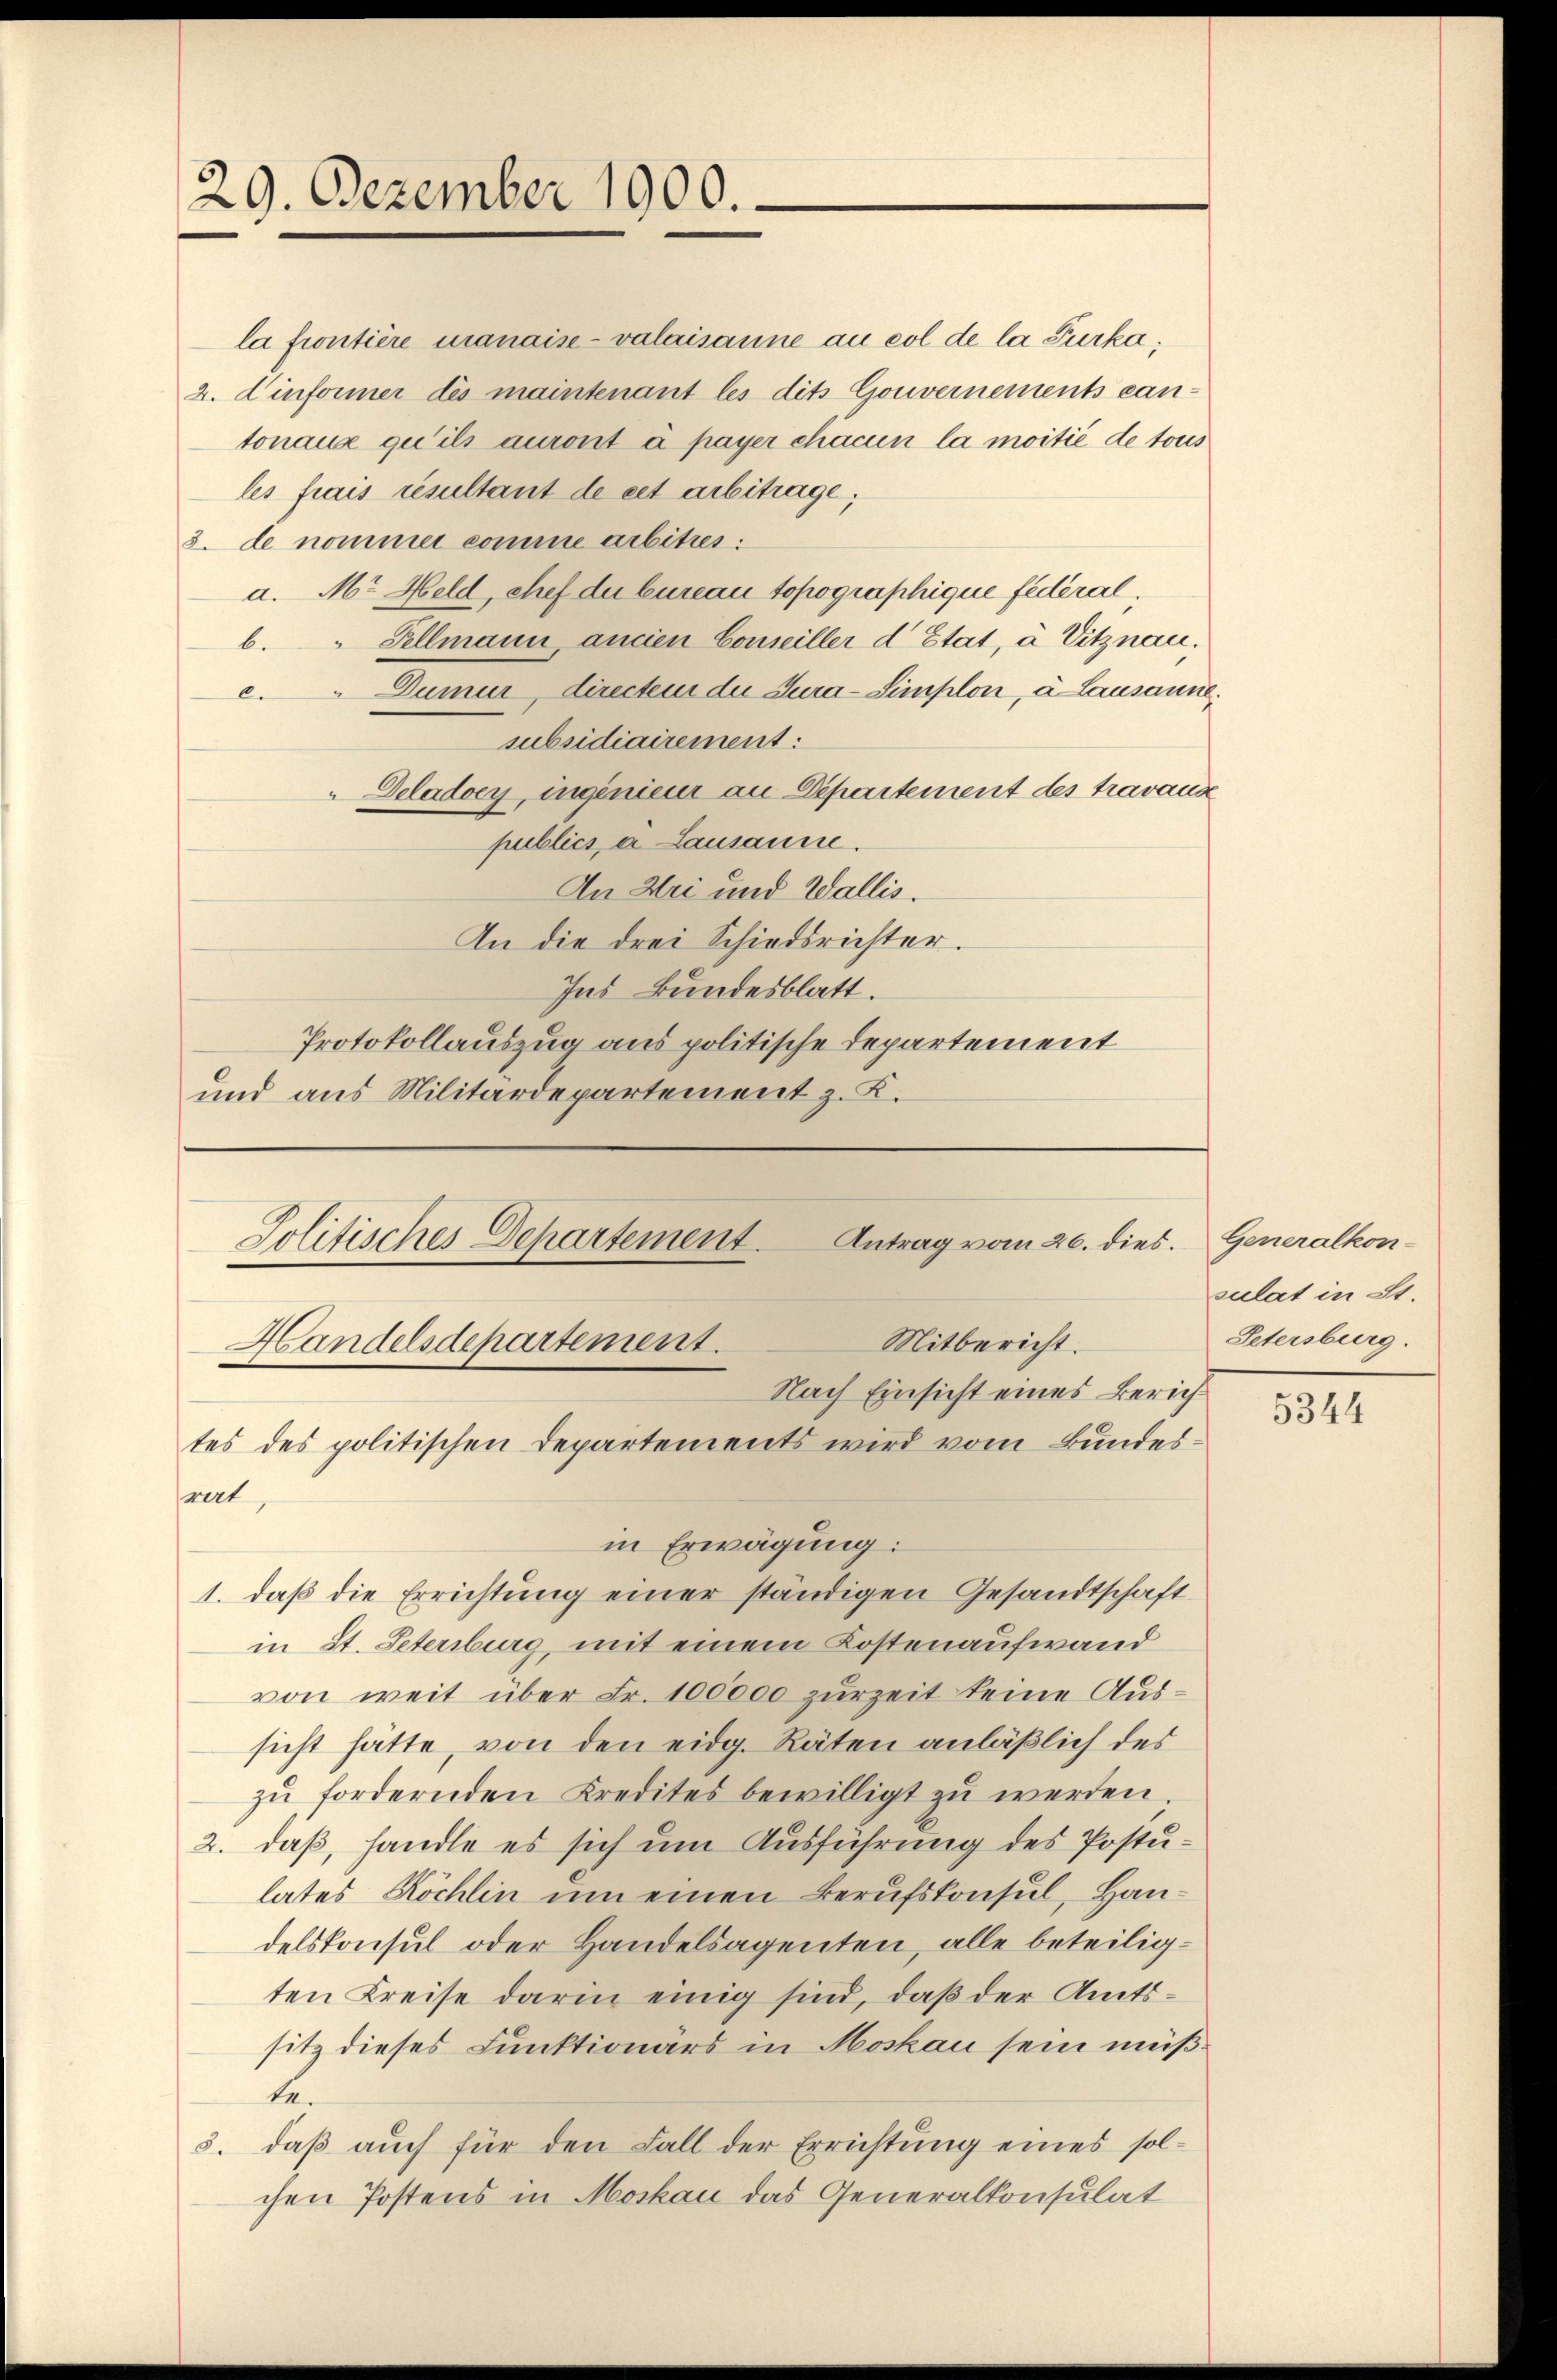
29. Dezember 1900.

la frontière manaise- valaisanne au col de la Furka,
2. Einformer des maintenant les dits Gouvernements can-
tonaue qu’ils auront à payer chacun la moitié de tous
les frais résultant de cet arbitrage;
3. de nommer comme arbitres:
a. Mr. Held, chef du bureau topographique fédéral,
b. " Fellmann ancien Conseiller d Etat, à Vitznau.
c. " Dumur, directem die Tura-Simplon, à lausanne.
subsidiairement:
Deladoey, ingenieur an Departement des travaux
publics a Lausanne.
An Wei und Wallis.
An die drei Schiedsrichter.
Ins Bundesblatt.
Protokollauszug aus politische Departement
und aus Militärdepartement z. K.

Antrag vom 26. dies. Generalkon-
Politisches Departement.
Mitbericht.
Handelsdepartement.
Nach Einsicht eines Zürichtes des politischen Departements wird vom Bundesrat,

in Erwägung:
1. daß die Errichtung einer ständigen Gesandtschaft
in St. Petersburg, mit einem Kostenaufwand
von weit über Fr. 100000 zurzeit keine Aussicht hätte, von den eidg. Räten anläßlich des
zŭ fordernden Kredites bewilligt zŭ werden.
2. daß, handle es sich um Ausführung des Postu-
lates Köchlin um einen Berufskonsul, Handelskonsul oder Handelsagenten, alle beteiligten Kreise darin einig sind, daß der Amtssitz dieses Funktionars in Moskau sein müßbe.
3. daß auch für den Fall der Errichtung eines solchen Postens in Moskau das Generalkonsulat

sulat in St.
Petersburg.

5344